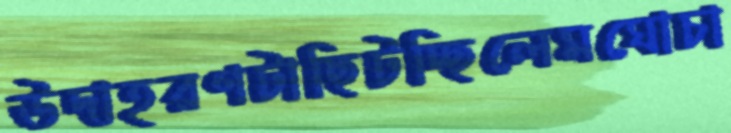
উদাহরণটাছিটচ্ছিলেমঘোচা